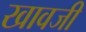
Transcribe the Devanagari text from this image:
खावजी